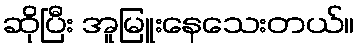
ဆိုပြီး အူမြူးနေသေးတယ်။